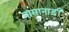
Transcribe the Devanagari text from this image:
नासानाड़ी